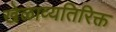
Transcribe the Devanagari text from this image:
खेळाव्यतिरिक्त